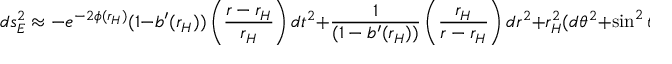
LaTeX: d s _ { E } ^ { 2 } \approx - e ^ { - 2 \phi ( r _ { H } ) } ( 1 - b ^ { \prime } ( r _ { H } ) ) \left( { \frac { r - r _ { H } } { r _ { H } } } \right) d t ^ { 2 } + { \frac { 1 } { ( 1 - b ^ { \prime } ( r _ { H } ) ) } } \left( { \frac { r _ { H } } { r - r _ { H } } } \right) d r ^ { 2 } + r _ { H } ^ { 2 } ( d \theta ^ { 2 } + \sin ^ { 2 } \theta \; d \varphi ^ { 2 } ) .